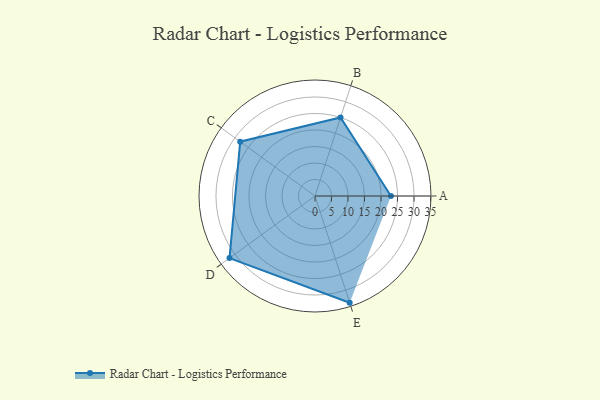
{"axis": {"x": "Skill", "y": "Score"}, "legend": ["Profile"], "data": [{"x": "A", "y": 23.0, "type": "Profile"}, {"x": "B", "y": 25.0, "type": "Profile"}, {"x": "C", "y": 28.0, "type": "Profile"}, {"x": "D", "y": 32.0, "type": "Profile"}, {"x": "E", "y": 34.0, "type": "Profile"}]}